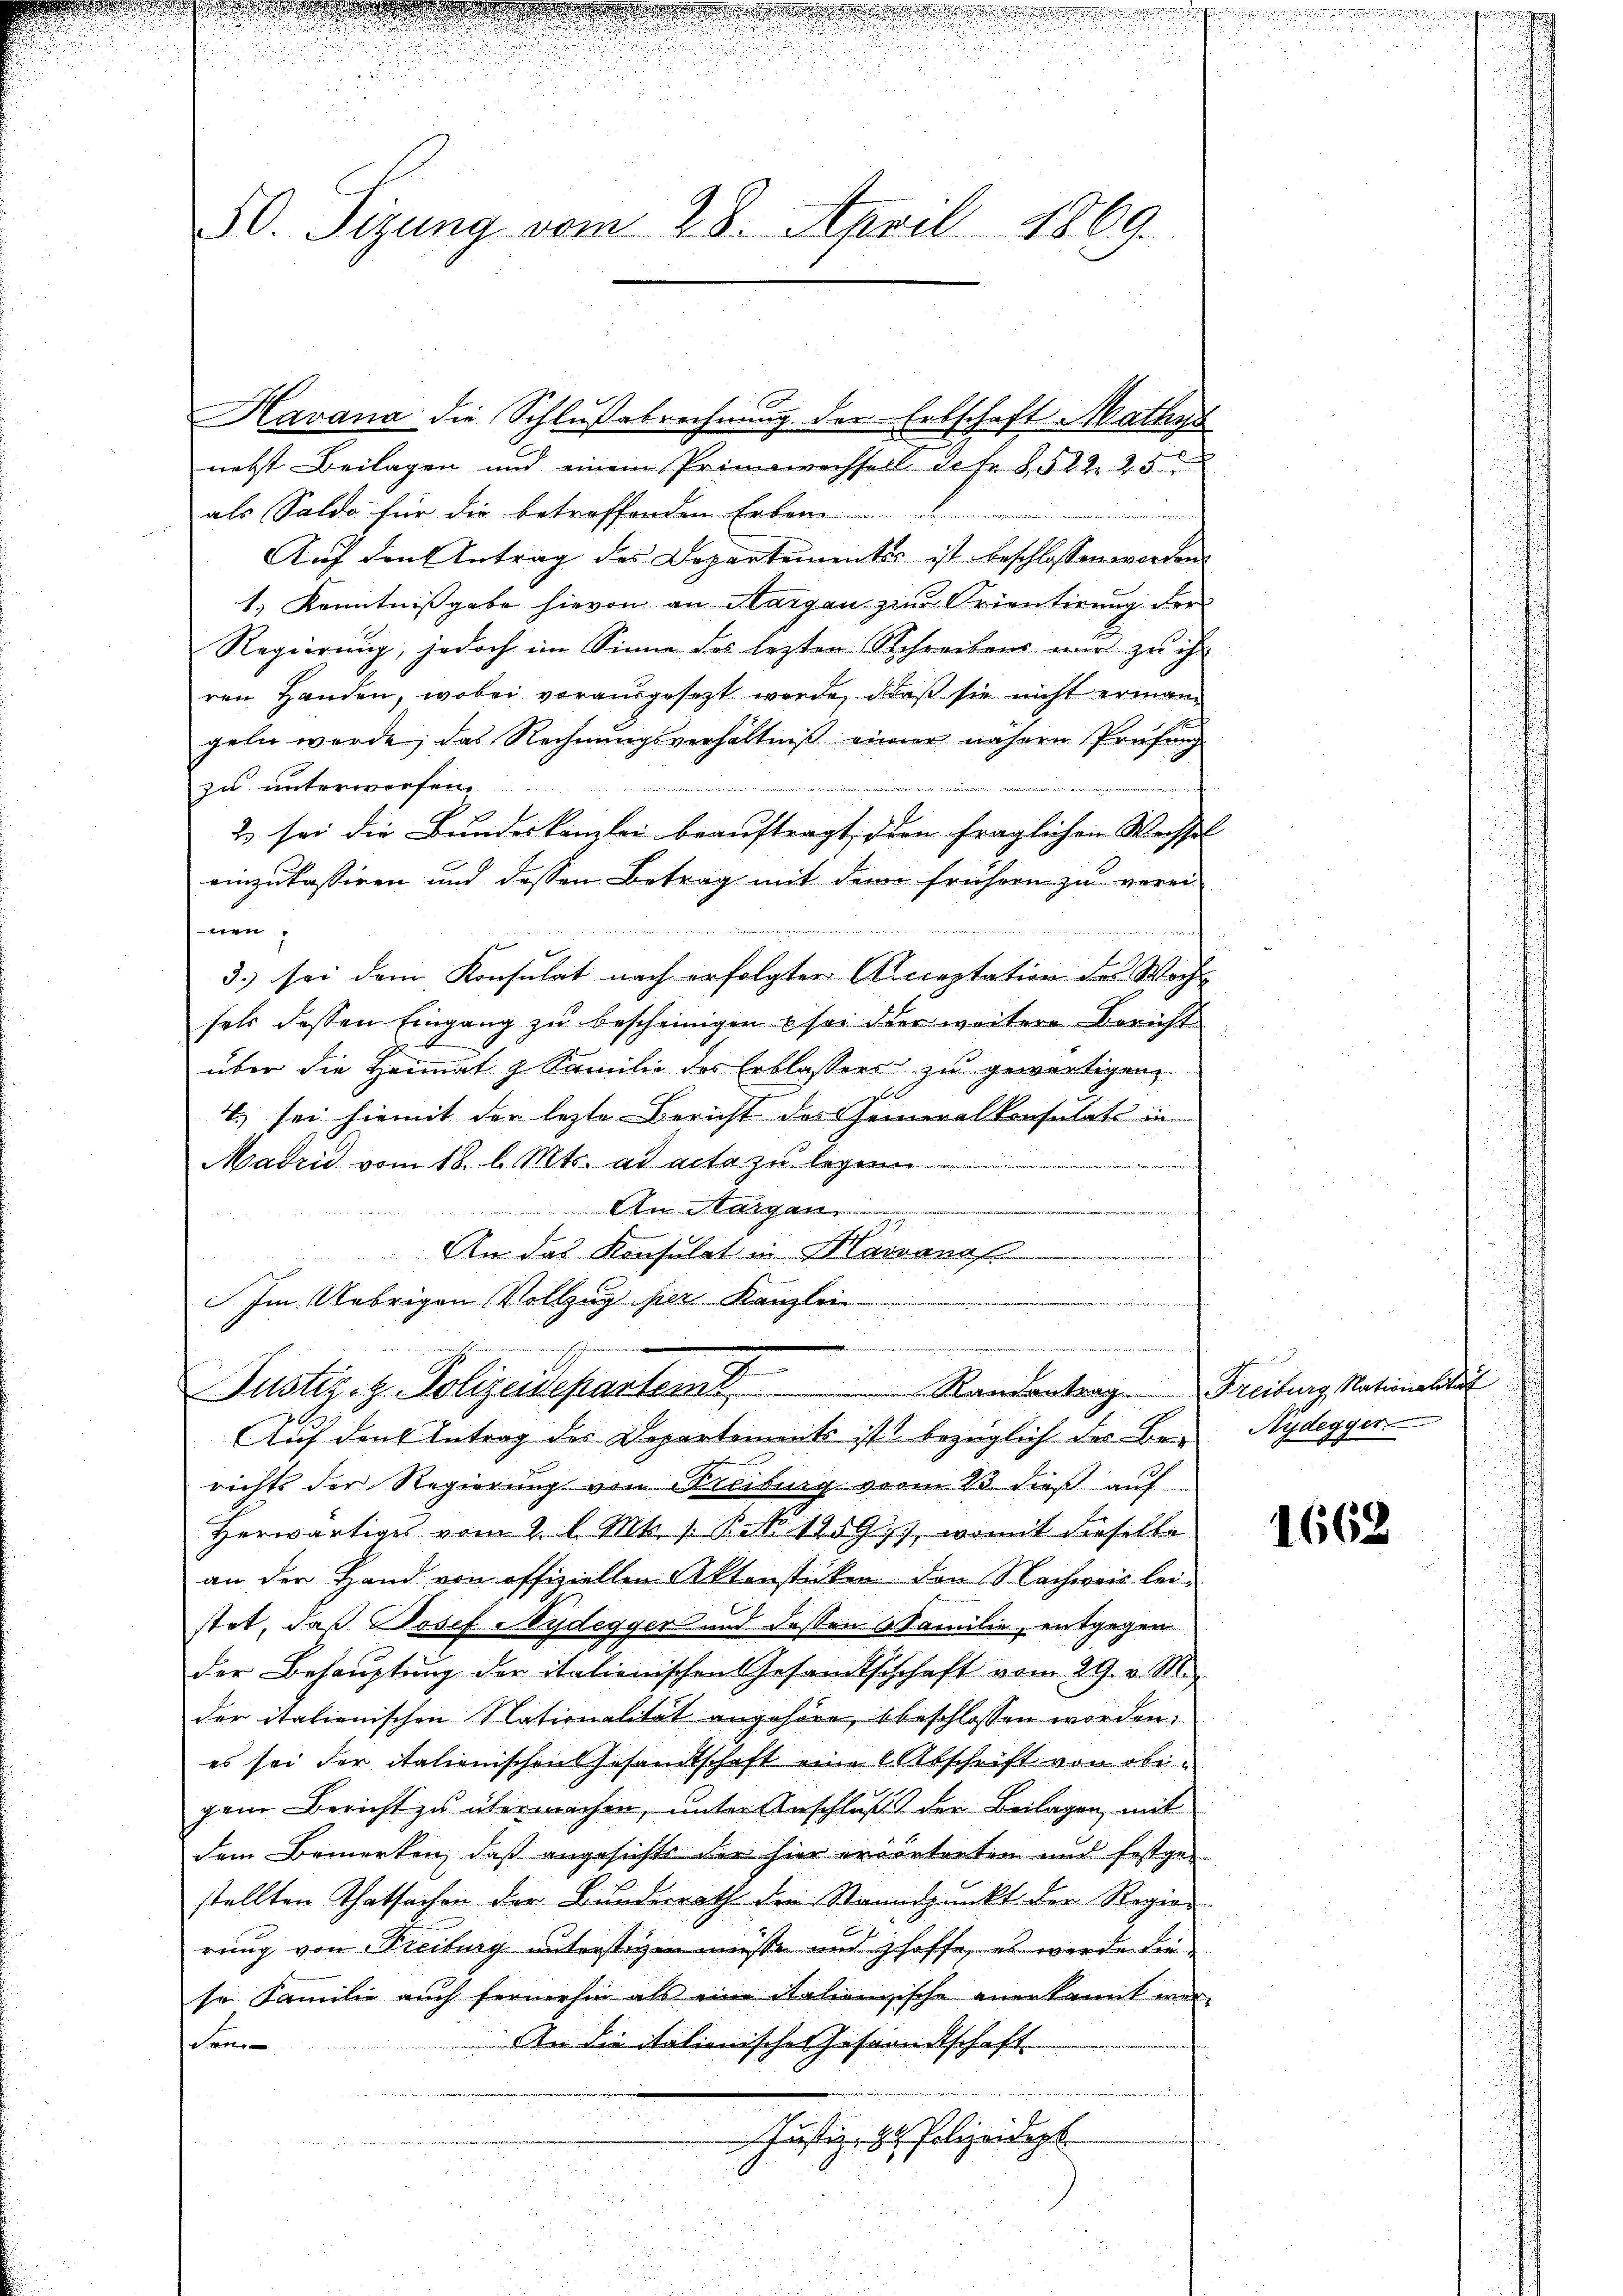
50. Sizung vom 28. April 1869.

Havana die Schlußabrechnung der Erbschaft Mathys
nebst Beilagen und einem Primswechsert Jefr §522 25
als Saldo für die betreffenden Erbene
a
Auf den Antrag des Departementes ist beschlossen worden
1.) Kenntnissgabe hievon an Margau zur Orientirung der
Regierung, jedoch im Sinne des lezten Schreibens nur zu ihr
ren Handen, wobei vorausgesezt werde, daß sie nicht ermann
geln werde; das Rechnungsverhältniß einer nähern Prüfung
zu unterwerfen.
2 sei die Bundeskanzlei beauftragt, iden fraglichen Wechsel
einzukassiren und dessen Betrag mit dem frühern zu verei-
e
3.) sei dem Konsulat nach erfolgter Acceptation des Wech
sels dessen Eingang zu bescheinigen u sei der weitere Bericht
S.
über die Heimat 2 Familie des Erblassers zu gewärtigen,
4. sei hiemit der lezte Bericht des Generalkonsulats in
Madrid vom 18. d. Mts. ad acta zu legen
i
An Steigen
An das Konsulat in Havranos
Im Uebrigen Vollzug her Kanzlei

in an die in de
7
Randantrag Freiburg, Nationalita
Justiz- & Polizeideparteme
Auf den Antrag des Departements ist bezüglich der Berichts der Regierung von Freiburg vom 23. dieß auf
Herwärtiges vom 2. l. Mts. 1. P. 1259), womit dieselbe
an der Hand von offiziellen Aktenstücken den Nachweis lei-
stet, daß Josef Nydegger und dessen Familie, entgegen
der Behauptung der italionischen Gesandtschchaft vom 29. v. M.
der italienischen Nationalität angehöre, bbeschlossen worden.
es sei der italienischen Gesandtschaft eine 6 Abschrift von obigem Bericht zu übermachen, unter Anschluß der Beilagen, mit
dem Bemerken, daß angesichte der hier erörterten und festgestellten Thatsachen der Bunderrath die Strandpunkt der Regier
e
rung von Freiburg unterstigen müsse und hoffe, es werde die
sr Familie auch fernerhin als eine italiengische anerkannt wer-
An die italienischer Gesandtschaft
dem
Justiz- & Polizeidept.

Nydegger

1662